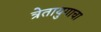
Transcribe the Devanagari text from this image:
त्रेतायुगाचा